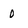
Character: 0